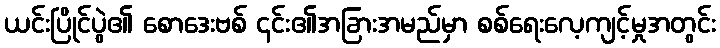
ယင်းပြိုင်ပွဲ၏ စောဒေးဗစ် ၎င်း၏အခြားအမည်မှာ စစ်ရေးလေ့ကျင့်မှုအတွင်း